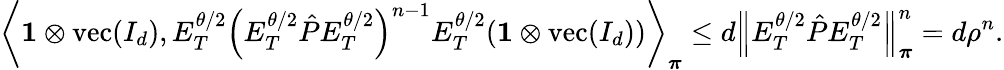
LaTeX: \left\langle\mathbf{1}\otimes\operatorname{vec}(I_{d}),E_{T}^{\theta/2}\left(E_{T}^{\theta/2}\hat{P}E_{T}^{\theta/2}\right)^{n-1}E_{T}^{\theta/2}(\mathbf{1}\otimes\operatorname{vec}(I_{d}))\right\rangle_{\boldsymbol\pi}\leq d\left\lVert E_{T}^{\theta/2}\hat{P}E_{T}^{\theta/2}\right\rVert_{\boldsymbol\pi}^{n}=d\rho^{n}.